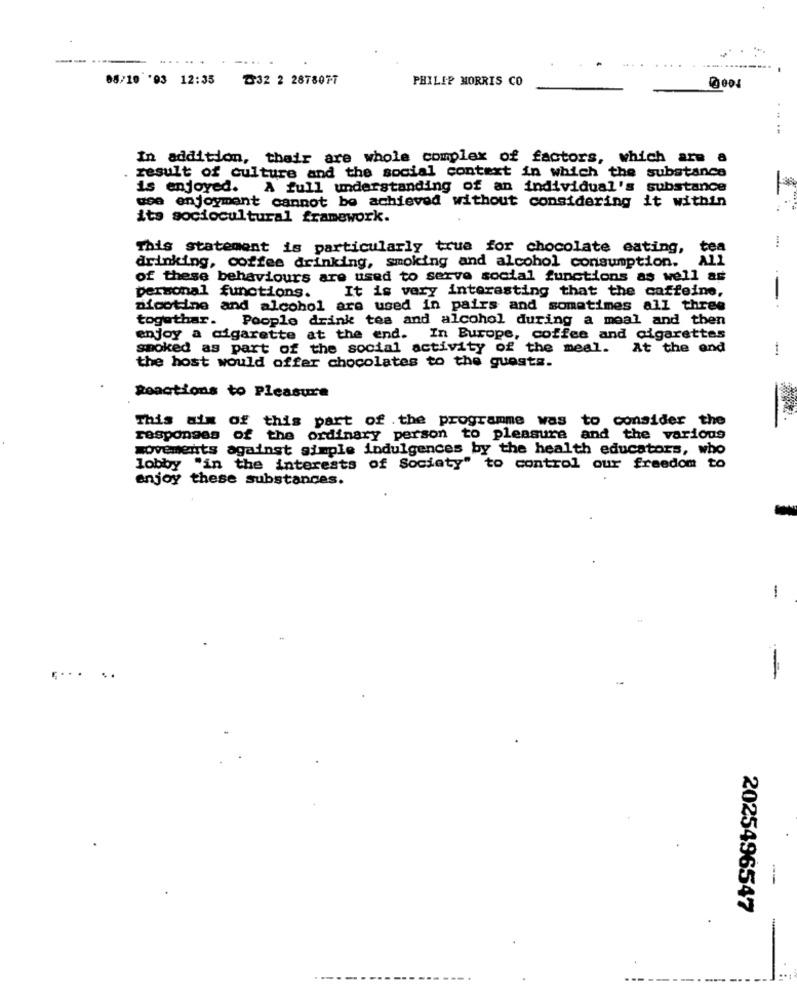
... ...
...
08/10 '03 12:35
5 832 2 2878077
PHILIP MORRIS CO
In addition, thair are whole complex of factors, which are a
result of culture and the social context in which the substance
is enjoyed. A full understanding of an individual's substance
use enjoyment cannot be achieved without considering it within
its sociocultural framework.
****
This statement is particularly true for chocolate eating, tea
drinking, coffee drinking, smoking and alcohol consumption.
of these behaviours are used to serve social functions as well as
personal functions.
It is very interesting that the caffeine,
nicotine and alcohol are used in pairs and sometimes all three
togethar. Poople drink tes and alcohol during a meal and then
enjoy a cigarette at the end. In Burope, coffee and cigarettes
smoked as part of the social activity of the meal.
At the end
the host would offer chocolates to the guests.
Reactions to Pleasure
This aim of this part of the programme was to consider the
responses of the ordinary person to pleasure and the various
movements against simple indulgences by the health educators, who
lobby "in the interests of Society" to control our freedom to
enjoy these substances.
1
..
--
--
2025496547